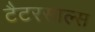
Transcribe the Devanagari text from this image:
टैटरसाल्स